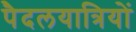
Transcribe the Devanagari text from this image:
पैदलयात्रियों